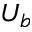
U _ { b }